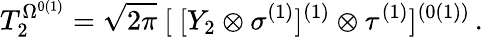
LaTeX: T_{2}^{\Omega^{0(1)}}=\sqrt{2\pi}\ [\ [Y_{2}\otimes\sigma^{(1)}]^{(1)}\otimes\tau^{(1)}]^{(0(1))}\, .